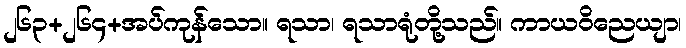
၂၆၃+၂၆၄+အပ်ကုန်သော။ ရသာ၊ ရသာရုံတို့သည်။ ကာယဝိညေယျာ၊